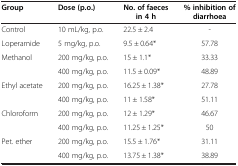
<table><thead><tr><td><b>Group</b></td><td><b>Dose (p.o.)</b></td><td><b>No. of faeces in 4 h</b></td><td><b>% inhibition of diarrhoea</b></td></tr></thead><tbody><tr><td>Control</td><td>10 mL/kg, p.o.</td><td>22.5 ± 2.4</td><td>-</td></tr><tr><td>Loperamide</td><td>5 mg/kg, p.o.</td><td>9.5 ± 0.64*</td><td>57.78</td></tr><tr><td rowspan="2">Methanol</td><td>200 mg/kg, p.o.</td><td>15 ± 1.1*</td><td>33.33</td></tr><tr><td>400 mg/kg, p.o.</td><td>11.5 ± 0.09*</td><td>48.89</td></tr><tr><td rowspan="2">Ethyl acetate</td><td>200 mg/kg, p.o.</td><td>16.25 ± 1.38*</td><td>27.78</td></tr><tr><td>400 mg/kg, p.o.</td><td>11 ± 1.58*</td><td>51.11</td></tr><tr><td rowspan="2">Chloroform</td><td>200 mg/kg, p.o.</td><td>12 ± 1.29*</td><td>46.67</td></tr><tr><td>400 mg/kg, p.o.</td><td>11.25 ± 1.25*</td><td>50</td></tr><tr><td>Pet. ether</td><td>200 mg/kg, p.o.</td><td>15.5 ± 1.76*</td><td>31.11</td></tr><tr><td> </td><td>400 mg/kg, p.o.</td><td>13.75 ± 1.38*</td><td>38.89</td></tr></tbody></table>